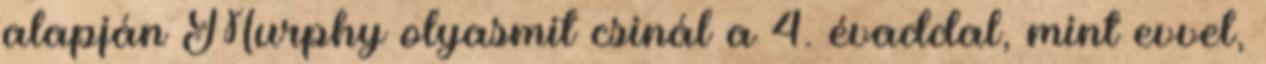
alapján Murphy olyasmit csinál a 4. évaddal, mint evvel,